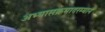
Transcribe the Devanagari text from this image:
अभ्यासक्रमादरम्यान